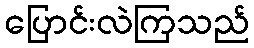
ပြောင်းလဲကြသည်